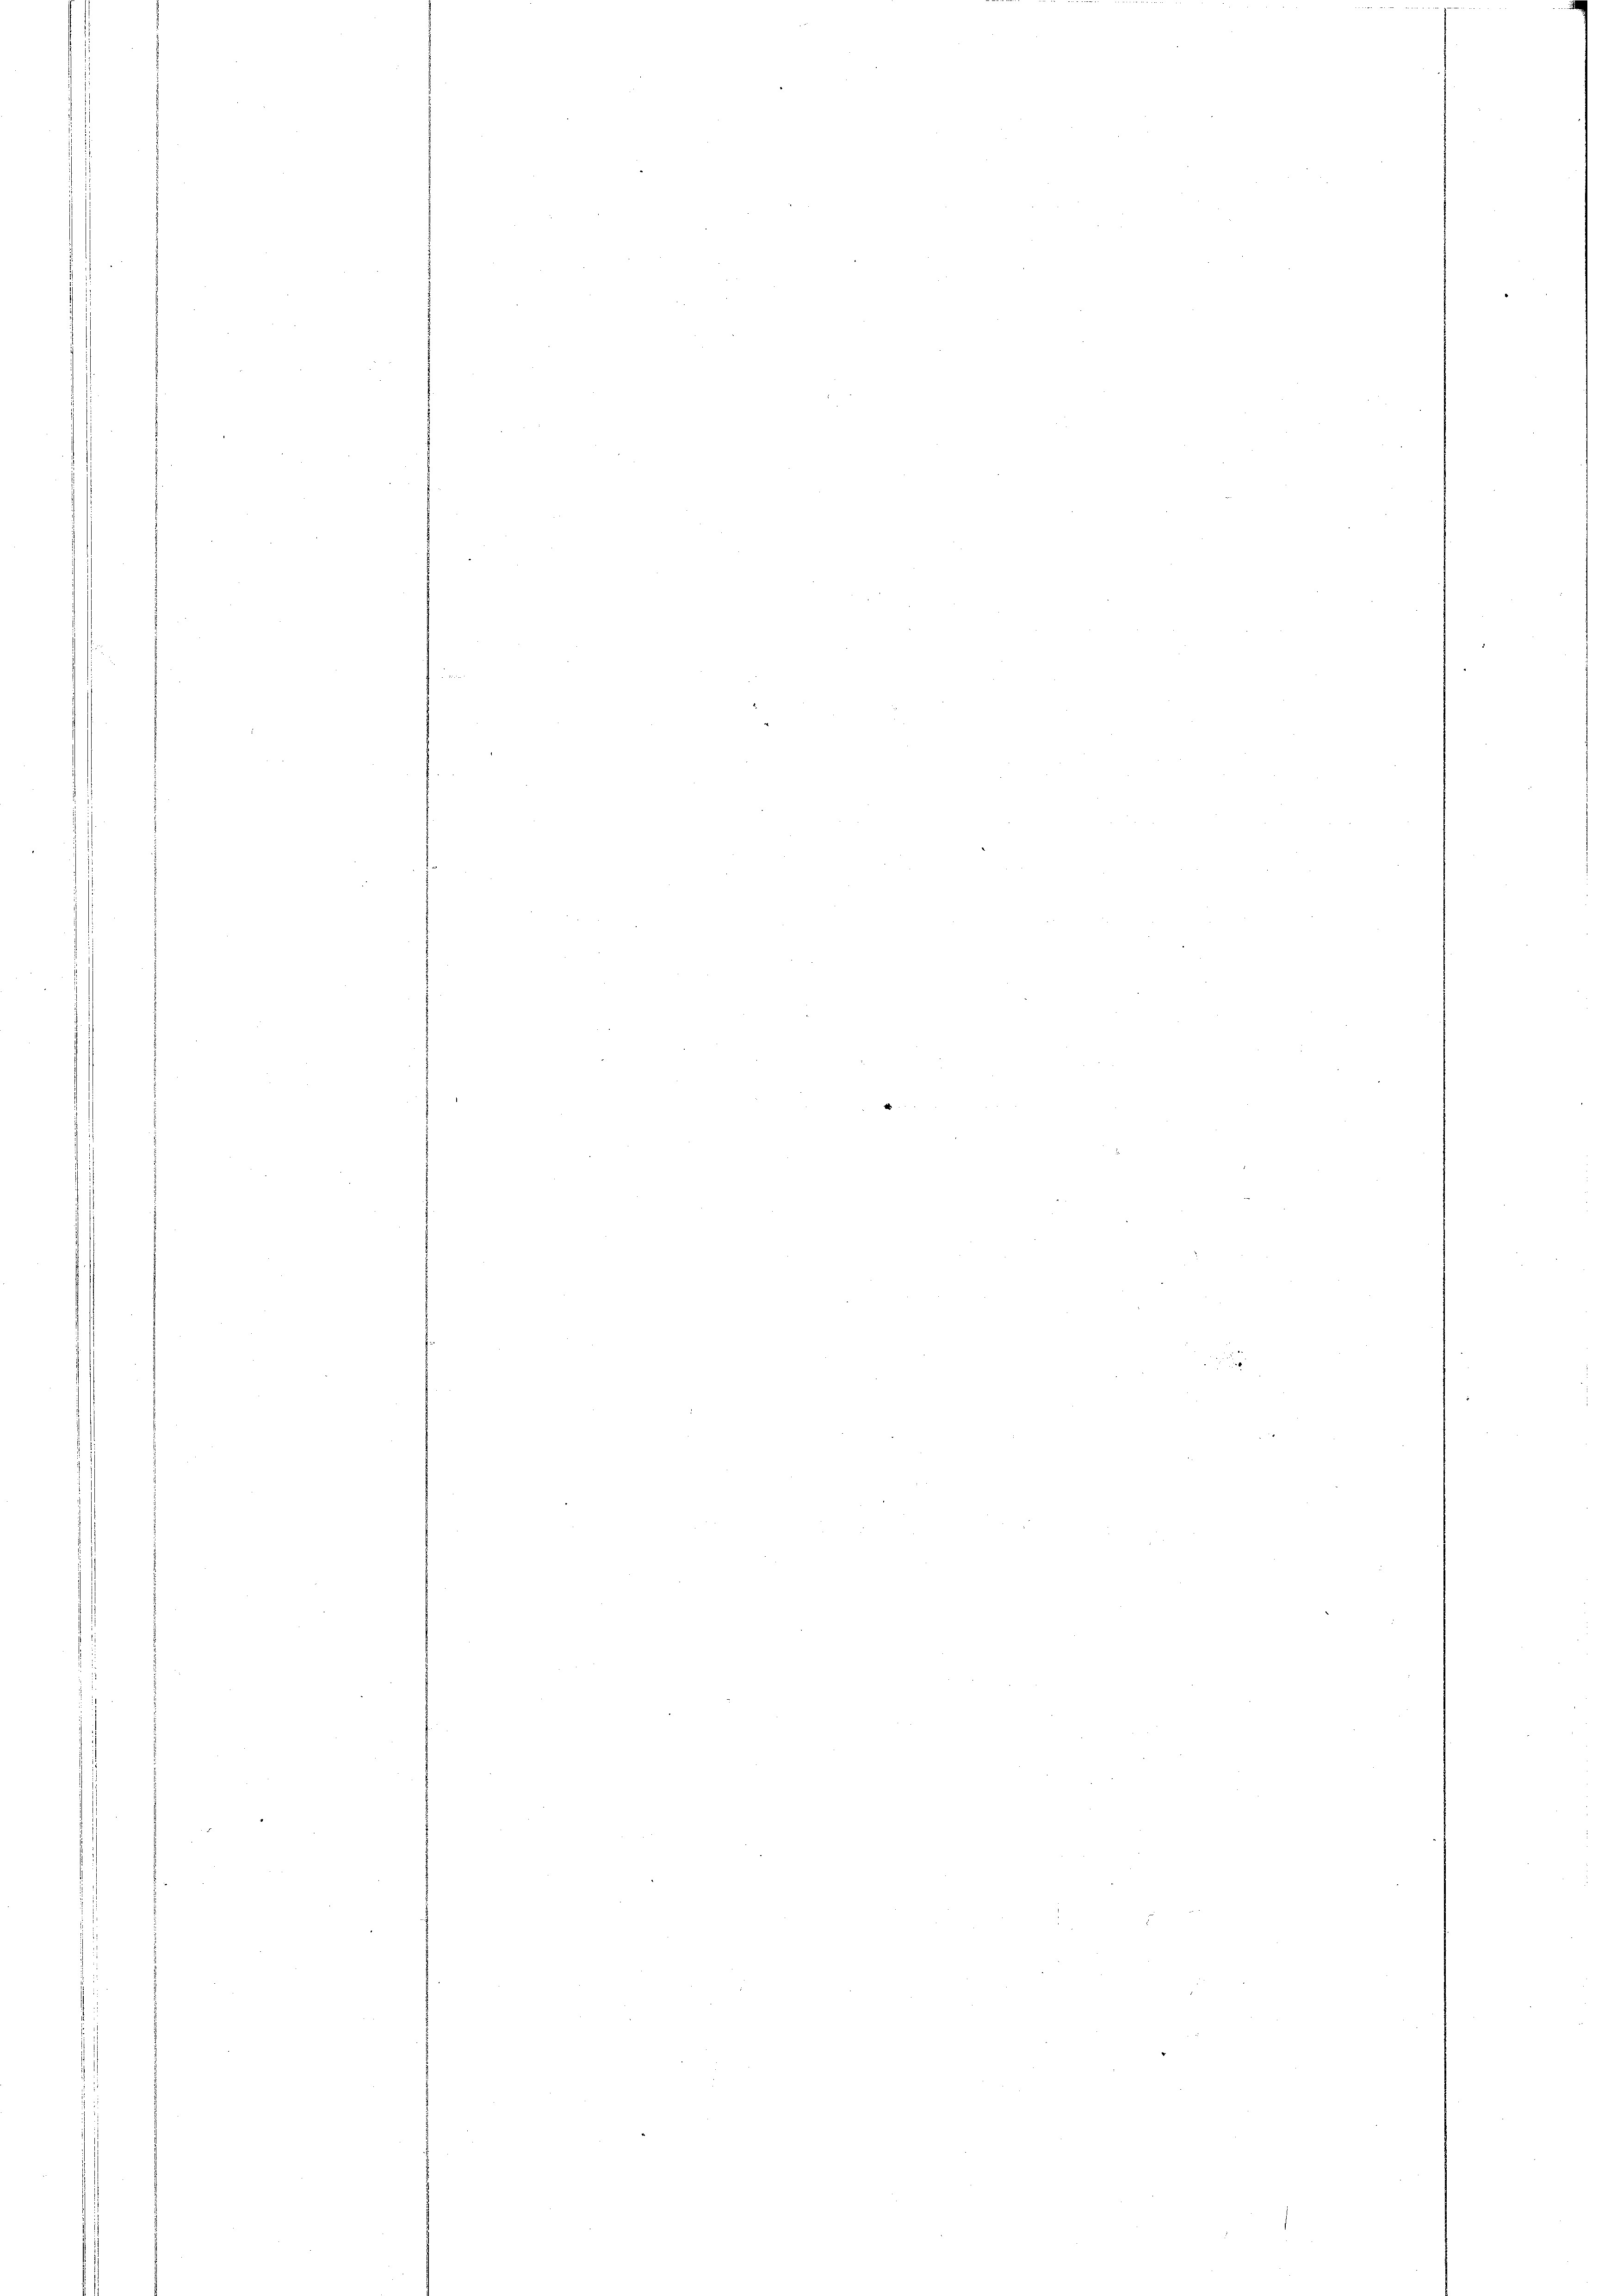
e